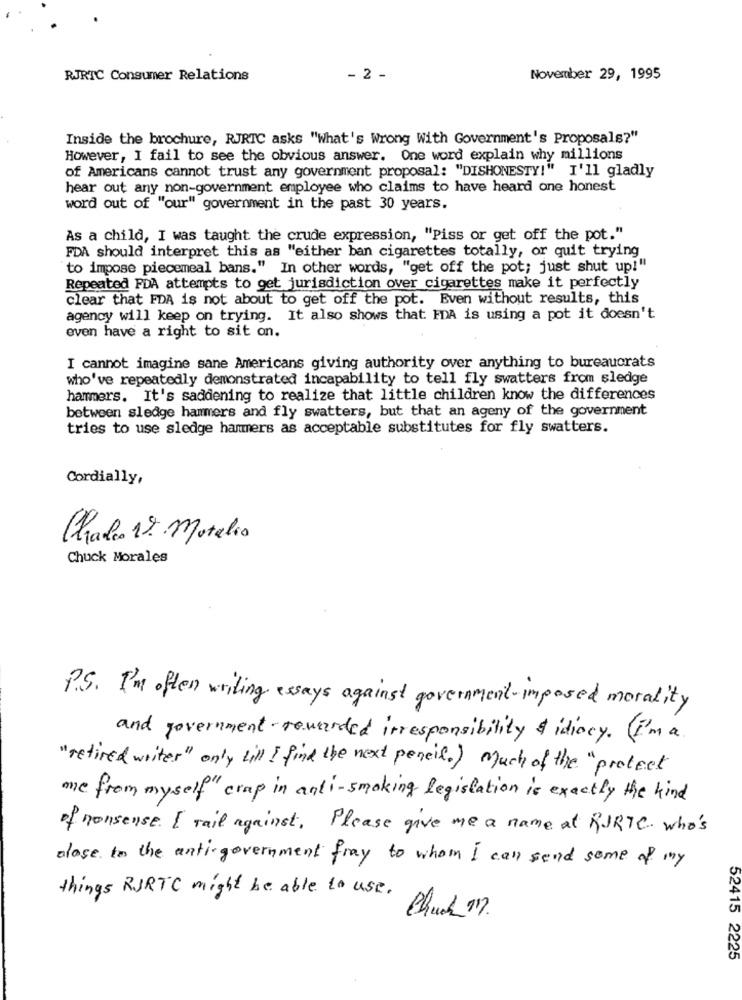
RJRTC Consumer Relations
- 2 -
November 29, 1995
Inside the brochure, RJRTC asks "What's Wrong With Government's Proposals?"
However, I fail to see the obvious answer. One word explain why millions
of Americans cannot trust any government proposal: "DISHONESTY!" I'll gladly
hear out any non-government employee who claims to have heard one honest
word out of "our" government in the past 30 years.
As a child, I was taught the crude expression, "Piss or get off the pot."
FDA should interpret this as "either ban cigarettes totally, or quit trying
to impose piecemeal bans." In other words, "get off the pot; just shut up!"
Repeated PDA attempts to get jurisdiction over cigarettes make it perfectly
clear that FDA is not about to get off the pot. Even without results, this
agency will keep on trying. It also shows that FDA is using a pot it doesn't
even have a right to sit on.
I cannot imagine sane Americans giving authority over anything to bureaucrats
who've repeatedly demonstrated incapability to tell fly swatters from sledge
hammers. It's saddening to realize that little children know the differences
between sledge hammers and fly swatters, but that an ageny of the government
tries to use sledge hammers as acceptable substitutes for fly swatters.
Cordially,
Chalco 1% Motelio
Chuck Morales
P.S. I'm often writing essays against government- imposed morality
and government rewarded irresponsibility & idiocy. (I'm a
"retired writer" only till I find the next pencil.) Much of the "protect
me from myself" crap in anti-smoking legislation is exactly the kind
of nonsense. I mail against. Please give me a name at RJRTC who's
close to the anti- government fray to whom I call send some of my
things RJRTC might be able to use.
Chuck 17.
52415 2225